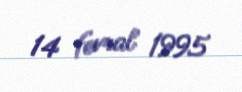
14 fevral 1995